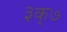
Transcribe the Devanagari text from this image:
३क्७